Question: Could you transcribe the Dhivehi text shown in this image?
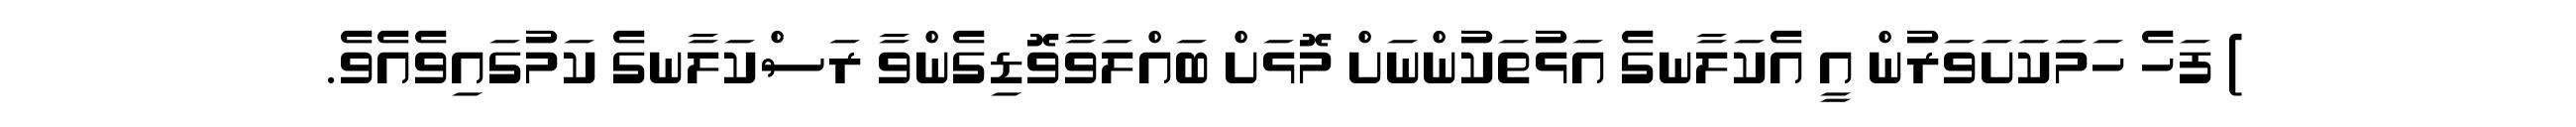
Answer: ) ފަހެ ހަމަކަށަވަރުން އީ އެކަލާނގެ އަޅުތަކުންނަށް މޮޅަށް ބައްލަވާވޮޑިގެންވާ ރަސްކަލާނގެ ކަމުގައިވެއެވެ.